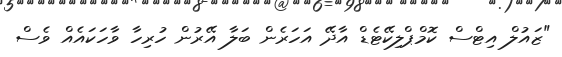
"ޒައުލް އިޓްސް ކޮމްޕްލިކޭޓެޑް އާދޭ އަހަރެން ބަލާ އޭރުން ހުރިހާ ވާހަކައެއް ވެސް